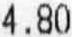
4.80